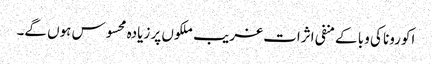
اکورونا کی وبا کے منفی اثرات غریب ملکوں پر زیادہ محسوس ہوں گے۔